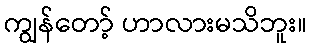
ကျွန်တော့် ဟာလားမသိဘူး။